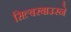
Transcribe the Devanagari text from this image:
सिल्बरबाउरने